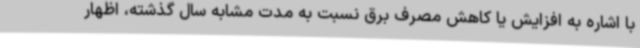
با اشاره به افزایش یا کاهش مصرف برق نسبت به مدت مشابه سال گذشته، اظهار